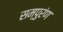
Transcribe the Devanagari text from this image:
सम्पुरंण